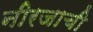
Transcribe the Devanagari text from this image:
नीरजाची